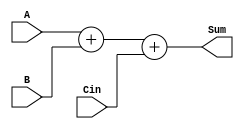
module Adder_Cin_Verilog(
	input 			Cin,
	input		[7:0]	A,
	input 	[7:0]	B,
	output 	[7:0]	Sum
);
	
	assign Sum = A + B + Cin;
	
endmodule